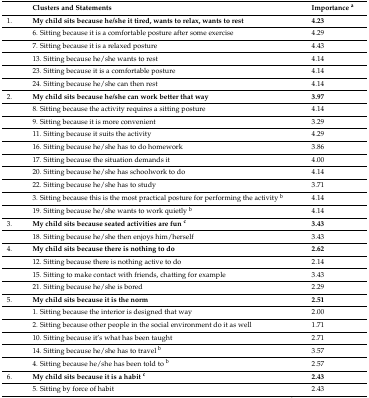
<table><thead><tr><td></td><td><b>Clusters and Statements</b></td><td><b>Importance <sup>a</sup></b></td></tr></thead><tbody><tr><td>1.</td><td><b>My child sits because he/she it tired, wants to relax, wants to rest</b></td><td><b>4.23</b></td></tr><tr><td></td><td>6. Sitting because it is a comfortable posture after some exercise</td><td>4.29</td></tr><tr><td></td><td>7. Sitting because it is a relaxed posture</td><td>4.43</td></tr><tr><td></td><td>13. Sitting because he/she wants to rest</td><td>4.14</td></tr><tr><td></td><td>23. Sitting because it is a comfortable posture</td><td>4.14</td></tr><tr><td></td><td>24. Sitting because he/she can then rest</td><td>4.14</td></tr><tr><td>2.</td><td><b>My child sits because he/she can work better that way</b></td><td><b>3.97</b></td></tr><tr><td></td><td>8. Sitting because the activity requires a sitting posture</td><td>4.14</td></tr><tr><td></td><td>9. Sitting because it is more convenient</td><td>3.29</td></tr><tr><td></td><td>11. Sitting because it suits the activity</td><td>4.29</td></tr><tr><td></td><td>16. Sitting because he/she has to do homework</td><td>3.86</td></tr><tr><td></td><td>17. Sitting because the situation demands it</td><td>4.00</td></tr><tr><td></td><td>20. Sitting because he/she has schoolwork to do</td><td>4.14</td></tr><tr><td></td><td>22. Sitting because he/she has to study</td><td>3.71</td></tr><tr><td></td><td>3. Sitting because this is the most practical posture for performing the activity <sup>b</sup></td><td>4.14</td></tr><tr><td></td><td>19. Sitting because he/she wants to work quietly <sup>b</sup></td><td>4.14</td></tr><tr><td>3.</td><td><b>My child sits because seated activities are fun <sup>c</sup></b></td><td><b>3.43</b></td></tr><tr><td></td><td>18. Sitting because he/she then enjoys him/herself</td><td>3.43</td></tr><tr><td>4.</td><td><b>My child sits because there is nothing to do</b></td><td><b>2.62</b></td></tr><tr><td></td><td>12. Sitting because there is nothing active to do</td><td>2.14</td></tr><tr><td></td><td>15. Sitting to make contact with friends, chatting for example</td><td>3.43</td></tr><tr><td></td><td>21. Sitting because he/she is bored</td><td>2.29</td></tr><tr><td>5.</td><td><b>My child sits because it is the norm</b></td><td><b>2.51</b></td></tr><tr><td></td><td>1. Sitting because the interior is designed that way</td><td>2.00</td></tr><tr><td></td><td>2. Sitting because other people in the social environment do it as well</td><td>1.71</td></tr><tr><td></td><td>10. Sitting because it’s what has been taught</td><td>2.71</td></tr><tr><td></td><td>14. Sitting because he/she has to travel <sup>b</sup></td><td>3.57</td></tr><tr><td></td><td>4. Sitting because he/she has been told to <sup>b</sup></td><td>2.57</td></tr><tr><td>6.</td><td><b>My child sits because it is a habit <sup>c</sup></b></td><td><b>2.43</b></td></tr><tr><td></td><td>5. Sitting by force of habit</td><td>2.43</td></tr></tbody></table>